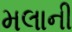
મલાની